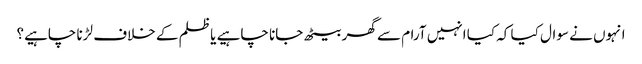
انہوں نے سوال کیا کہ کیا انہیں آرام سے گھر بیٹھ جانا چاہیے یا ظلم کے خلاف لڑنا چاہیے؟